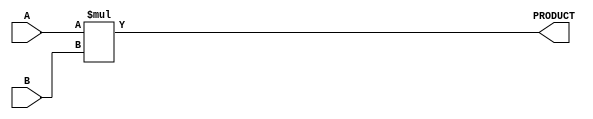
module parameterized_multiplier #(
    parameter A_WIDTH = 8,  // Bit width of the first input operand
    parameter B_WIDTH = 8   // Bit width of the second input operand
)(
    input  wire [A_WIDTH-1:0] A,        // First input operand
    input  wire [B_WIDTH-1:0] B,        // Second input operand
    output wire [A_WIDTH+B_WIDTH-1:0] PRODUCT // Output product
);

    // Behavioral modeling of multiplication
    assign PRODUCT = A * B;

endmodule